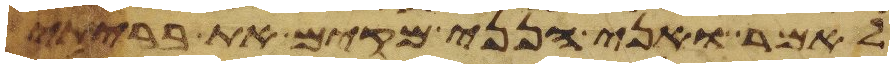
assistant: לאמר ואני הנני מקים את בריתי